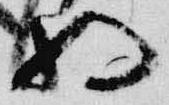
将